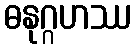
ဓနုဂ္ဂဟဿ